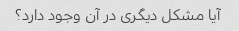
آیا مشکل دیگری در آن وجود دارد؟